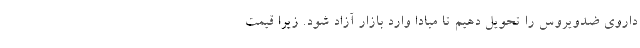
داروی ضدویروس را تحویل دهیم تا مبادا وارد بازار آزاد شود. زیرا قیمت